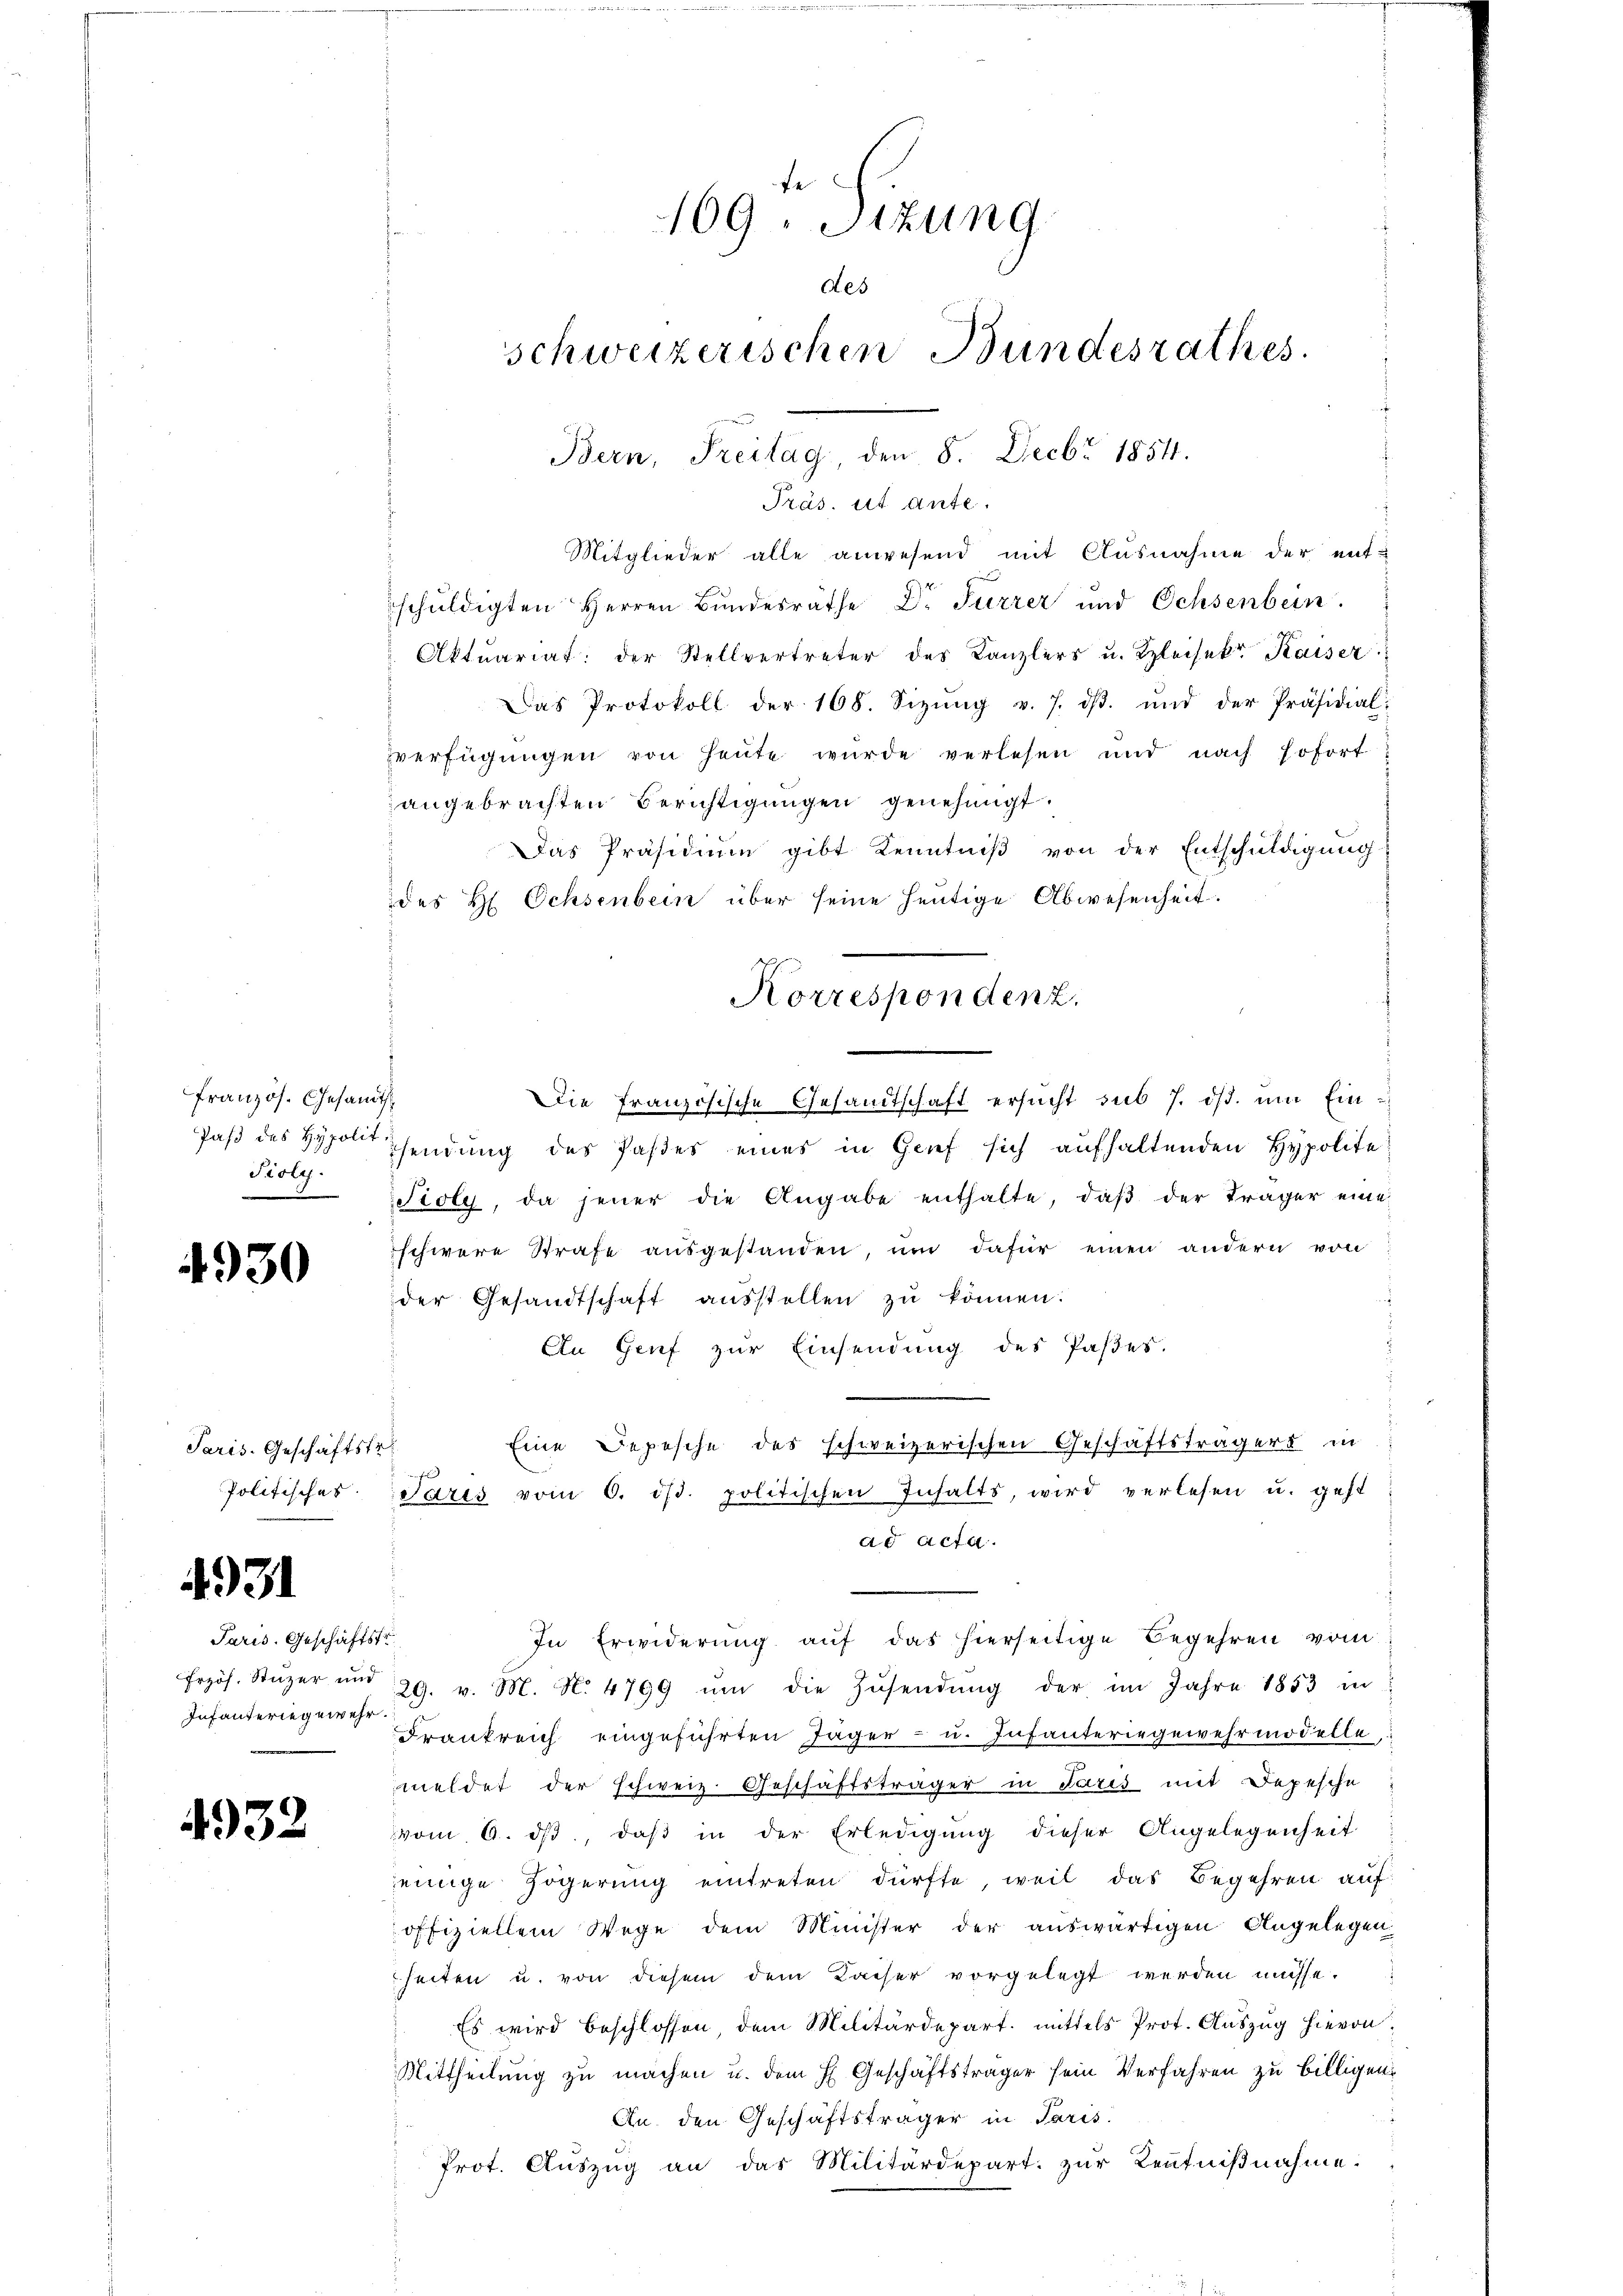
französ. Gesamth
Pioly.

4930

Paris. Geschäftstr

4931

Paris. Geschäftst
Infanteriegewehr

4932

Präs. it Ante
Mitglieder alle anwesend mit Ausnahme der entschŭldigten Herren Bŭndesräthe Dr. Furrer und Ochsenbein.
Aktuariat der Stellvertreter des Kanzlers u. Kleisekr. Kaiser
Das Protokoll der 168. Sizŭng v. 7. dβ ŭnd der Präsidial-
verfügungen von heute wurde verlesen und nach sofort
angebrachten Berichtigungen genehmigt.
Das Präsidium gibt Kenntniß von der Entschuldigung
des H Ochsenbein über seine heutige Abwesenheit.
Die französische Gesandtschaft ersucht sub 7. ds. um Ein¬
Jaß des Hohendung des Paßes eines in Grief sich aufhaltenden Hypolite
Tioly, da jener die Angabe enthalte, daβ der Träger eine
schwere Strafe ausgestanden, um dafür einen andern von
der Gesandtschaft aŭsstellen zŭ können:
An Genf zur Einsendung des Paßes.
Eine Depesche des schweizerischen Geschäftsträgers in
f
Politisches satts vom 6. ist. politischen Inhalts, wird verlesen u. gest
ad acta.
In Erwiderung auf das hierseitige Begehren vom
frzös. Stŭzer und 29. v. M. N. 4799 ŭm die Zŭsendŭng der im Jahre 1853 in
Frankreich eingeführten Jäger- u. Infanteringewehrmodelle,
meldet der schweiz. Geschäftsträger in Paris mit Depesche
vom 6. dβ, daβ in der Erledigung dieser Angelegenheit
jenige Zögerung eintreten dürfte, weil das Begehren auf
offiziellem Wege dem Minister der auswärtigen Angelegen-
heiten u. von diesem dem Kaiser vorgelegt werden müsse.
Es wird beschlossen dem Militärdepart. mittels Prot. Aŭszŭg hievon
Mittheilung zu machen u. dem H. Geschäftsträger sein Verfahren zu billigen.
An den Geschäftsträger in Paris.
Prot. Aŭszŭg an das Militärdepart. zŭr Kenntniβnahme.

169 Sitzung
des
schweizerischen Bundesrathes
Bern, Freitag, den 8. Decbr 1854.

Korrespondenz.